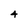
Character: 4